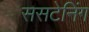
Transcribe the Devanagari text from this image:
ससटेनिंग